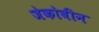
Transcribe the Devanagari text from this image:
जेकोबीन